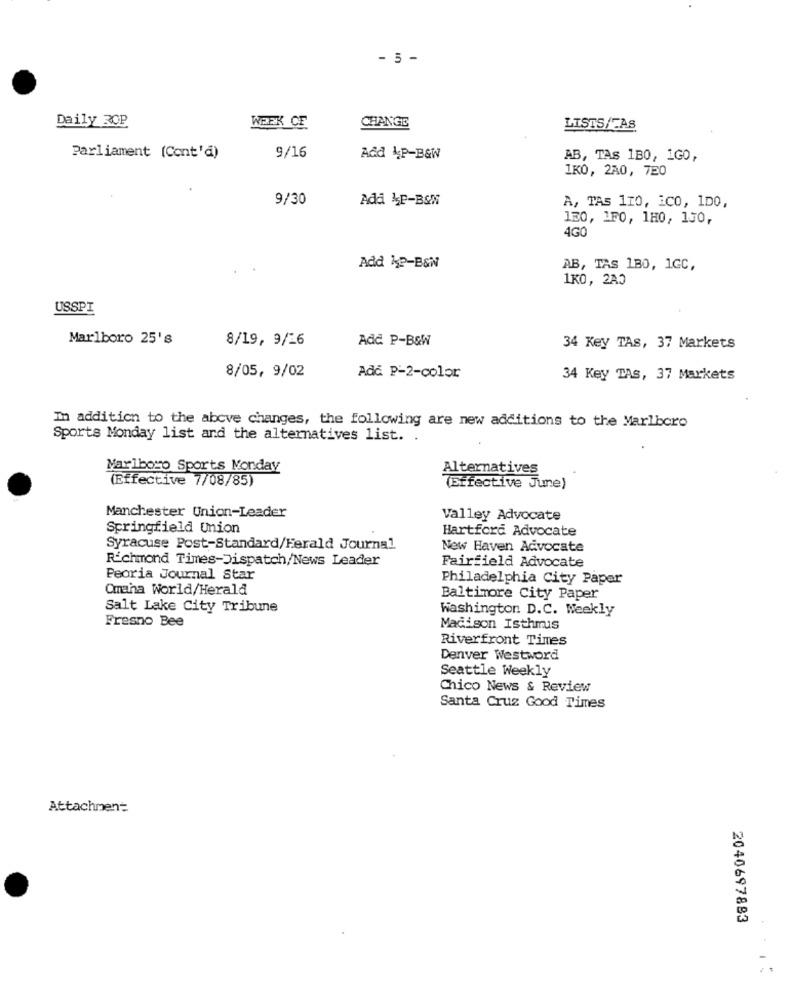
- 5 -
Daily ZOP
WEEK CF
CHANGE
LISTS/FAS
Parliament (Cont'd)
9/16
Add 4P-B&W
AB, TAS 1B0, 1G0,
1KO, 2A0, 720
9/30
Add &P-BSN
A, TAS 110, iCO, 1D0,
130, 1F0, 1H0, 130,
4G0
Add 1P-B&N
AB, TAS 180, 1GC,
1KO, 2A3
USSPI
Marlboro 25's
8/19, 9/26
Add P-B&W
34 Key TAS, 37 Markets
8/05, 9/02
Ad& P-2-color
34 Key TAS, 37 Markets
In addition to the above changes, the following are new additions to the Marlboro
Sports Monday list and the alternatives list. .
Marlboro Sports Monday
Alternatives
(Effective 7/08/85)
(Effective June)
Manchester Union-Leader
Valley Advocate
Springfield Union
Hartford Advocate
Syracuse Post-Standard/Ferald Journal
New Haven Advocate
Richmond Times-Dispatch/News Leader
Fairfield Advocate
Peoria Journal Star
Philadelphia City Paper
Omaha World/Herald
Baltimore City Paper
Salt Lake City Tribune
Washington D.C. Weekly
Fresno Bee
Madison Isthmus
Riverfront Times
Denver Westword
Seattle Weekly
Chico News & Review
Santa Cruz Good Times
Attachment
2040697883